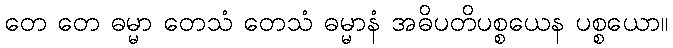
တေ တေ ဓမ္မာ တေသံ တေသံ ဓမ္မာနံ အဓိပတိပစ္စယေန ပစ္စယော။